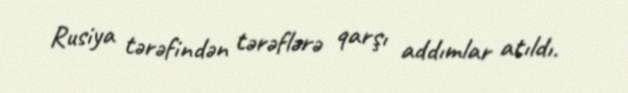
Rusiya tərəfindən tərəflərə qarşı addımlar atıldı.